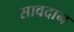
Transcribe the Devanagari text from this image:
सावदान